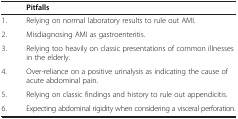
<table><thead><tr><td><b> </b></td><td><b>Pitfalls</b></td></tr></thead><tbody><tr><td>1.</td><td>Relying on normal laboratory results to rule out AMI.</td></tr><tr><td>2.</td><td>Misdiagnosing AMI as gastroenteritis.</td></tr><tr><td>3.</td><td>Relying too heavily on classic presentations of common illnesses in the elderly.</td></tr><tr><td>4.</td><td>Over-reliance on a positive urinalysis as indicating the cause of acute abdominal pain.</td></tr><tr><td>5.</td><td>Relying on classic findings and history to rule out appendicitis.</td></tr><tr><td>6.</td><td>Expecting abdominal rigidity when considering a visceral perforation.</td></tr></tbody></table>